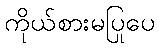
ကိုယ်စားမပြုပေ